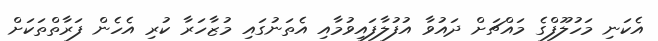
އެކަނި މަހުލޫފްގެ މައްޗަށް ދައުވާ އުފުލާފައިވުމާއި އެތަނުގައި މުޒާހަރާ ކުރި އެހެން ފަރާތްތަކަށް